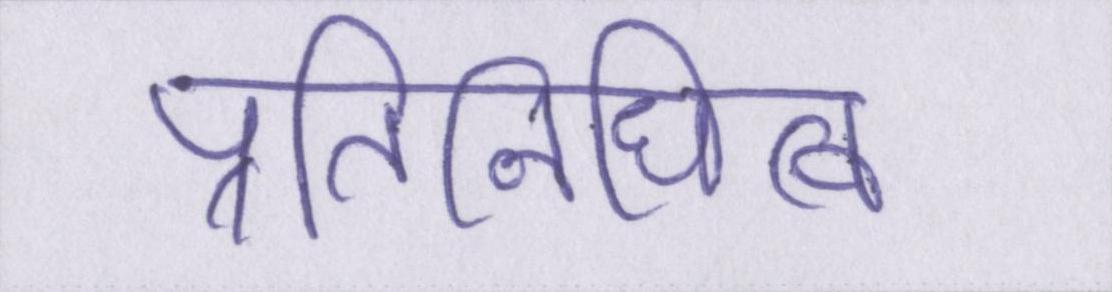
प्रतिनिधित्व